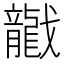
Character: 𱟡